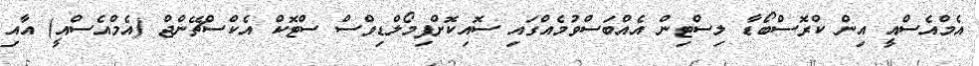
އެމްއެސްއީ އިން ކްރޮސްބޯޑާ ލިސްޓިން އެއްބަސްވުމެއްގައި ސޮއިކޮށްފިމޯލްޑިވްސް ސްޓޮކް އެކްސްޗޭންޖް (އެމްއެސްއީ) އާއި